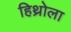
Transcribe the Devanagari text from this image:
हिथ्रोला